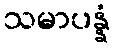
သမာပန္နံ